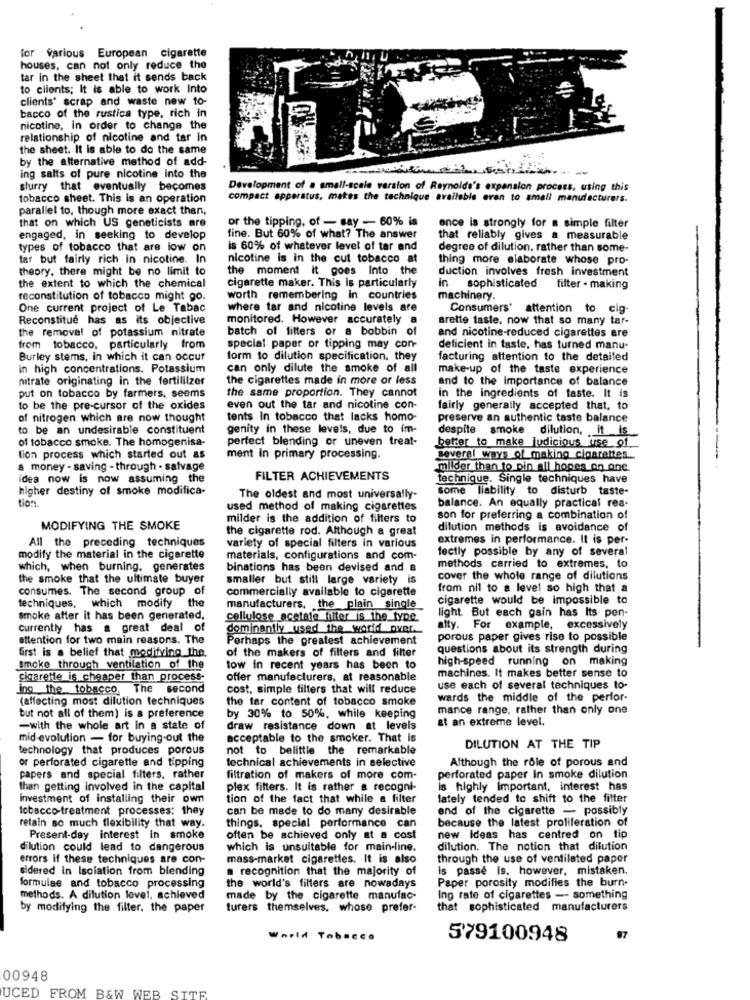
for various European cigarette
houses, can not only reduce the
tar in the sheet that it sends back
to clients; It is able to work Into
clients' scrap and waste new to-
bacco of the rustica type, rich in
nicotine, in order to change the
relationship of nicotine and tar in
the sheet. It is able to do the same
by the alternative method of add-
-
ing salts of pure nicotine into the
slurry that eventually becomes
Development of a small-scale version of Reynolds's expansion process, using this
tobacco sheet. This is an operation
compact apparatus, makes the technique available even to small manufacturers.
parallel to, though more exact than,
that on which US geneticists are
or the tipping, of - say - 60% is
ence is strongly for a simple filter
engaged, in seeking to develop
fine. But 60% of what? The answer
that reliably gives a measurable
types of tobacco that are low on
is 60% of whatever level of tar and
degree of dilution, rather than some-
tar but fairly rich in nicotine. In
nicotine is in the cut tobacco at
thing more elaborate whose pro-
theory, there might be no limit to
the moment it goes Into the
duction involves fresh investment
the extent to which the chemical
cigarette maker. This is particularly
in sophisticated filter - making
reconstitution of tobacco might go.
worth remembering in countries
machinery.
One current project of Le Tabac
where tar and nicotine levels are
Consumers' attention to cig-
Reconstitue has as its objective
monitored. However accurately
arette taste. now that so many tar-
the removal of potassium nitrate
batch of filters or a bobbin of
and nicotine-reduced cigarettes are
from tobacco, particularly from
special paper or tipping may con-
deficient in taste, has turned manu.
Burley stems, in which it can occur
form to dilution specification, they
facturing attention to the detailed
in high concentrations. Potassium
can only dilute the smoke of all
make-up of the taste experience
nitrate originating in the fertililzer
the cigarettes made in more or less
and to the importance of balance
the same proportion. They cannot
put on tobacco by farmers, seems
in the ingredients of faste. It is
to be the pre-cursor of the oxides
even out the tar and nicotine con-
fairly generally accepted that, to
of nitrogen which are now thought
tents In tobacco that lacks homo-
preserve an authentic taste balance
to be an undesirable constituent
genity in these levels, due to im-
of tobacco smoke. The homogenisa-
perfect blending or uneven treat-
better to make judicious use of
tion process which started out as
ment In primary processing.
several ways of making cigarettes
a money - saving - through - salvage
milder than to pin all hopes on one.
idea now is now assuming the
FILTER ACHIEVEMENTS
technique. Single techniques have
higher destiny of smoke modifica-
some liability to disturb taste-
tion
The oldest and most universally-
used method of making cigarettes
balance. An equally practical rea-
milder is the addition of filters to
son for preferring a combination of
MODIFYING THE SMOKE
the cigarette rod. Although a great
dilution methods is avoidance of
All the preceding techniques
variety of special filters in various
extremes in performance. It is per-
fectly possible by any of several
modify the material in the cigarette
materials, configurations and com-
which, when burning. generates
binations has been devised and a
methods carried to extremes, to
the smoke that the ultimate buyer
smaller but still large variety
cover the whole range of dilutions
consumes. The second group of
commercially available to cigarette
from nil to a level so high that a
cigarette would be impossible to
techniques, which modify the
manufacturers, the plain single
smoke after it has been generated.
cellulose acetate filter is the_type
light. But each gain has Its pen-
currently has a great deal of
dominantly used the world over.
alty. For example, excessively
attention for two main reasons. The
Perhaps the greatest achievement
porous paper gives rise to possible
first is a belief that modifying_the.
of the makers of filters and filter
questions about its strength during
high-speed running on making
smoke through ventilation of the
tow in recent years has been to
machines. It makes better sense to
cigarette is cheaper than process-
offer manufacturers, at reasonable
ino the tobacco, The second
cost, simple filters that will reduce
use each of several techniques to-
(affecting most dilution techniques
the tar content of tobacco smoke
wards the middle of the perfor-
mance range, rather than only one
but not all of them) is a preference
by 30% to 50%, while keeping
at an extreme level.
-with the whole art in a state of
draw resistance down at levels
mid-evolution - for buying-out the
acceptable to the smoker. That is
technology that produces porous
not to belittle the remarkable
DILUTION AT THE TIP
or perforated cigarette and tipping
technical achievements in selective
Although the role of porous and
papers and special filters, rather
filtration of makers of more com-
perforated paper In smoke dilution
than getting involved in the capital
plex filters. It is rather a recogni-
is highly important, interest has
investment of installing their own
tion of the fact that while a filter
lately tended to shift to the filter
tobacco-treatment processes: they
can be made to do many desirable
end of the cigarette - possibly
because the latest proliferation of
retain so much flexibility that way.
things. special performance can
Present-day interest in smoke
often be achieved only at a cost
new Ideas has centred on tip
dilution could lead to dangerous
which is unsuitable for main-line.
dilution. The notion that dilution
errors if these techniques are con-
mass-market cigarettes. It is also
through the use of ventilated paper
sidered in Isolation from blending
a recognition that the majority of
is passé is, however, mistaken.
formulae and tobacco processing
the world's filters are nowadays
Paper porosity modifies the burn.
methods. A dilution level, achieved
made by the cigarette manufac-
Ing rate of cigarettes - something
by modifying the filter. the paper
turers themselves, whose prefer-
that sophisticated manufacturers
Warld Tobacco
579100948
00948
UCED FROM B&W WEB SITE